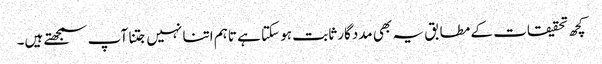
کچھ تحقیقات کے مطابق یہ بھی مددگار ثابت ہو سکتا ہے تاہم اتنا نہیں جتنا آپ سمجھتے ہیں۔